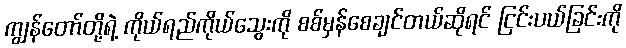
ကျွန်တော်တို့ရဲ့ ကိုယ်ရည်ကိုယ်သွေးကို စစ်မှန်စေချင်တယ်ဆိုရင် ငြင်းပယ်ခြင်းကို